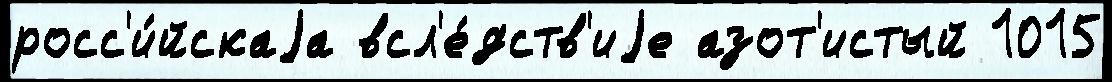
росс'и́йскаjа всл'е́дств'иjе азот'истый 1015